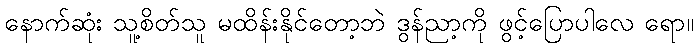
နောက်ဆုံး သူ့စိတ်သူ မထိန်းနိုင်တော့ဘဲ ဒွန်ညာ့ကို ဖွင့်ပြောပါလေ ရော။